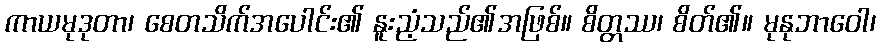
ကာယမုဒုတာ၊ စေတသိက်အပေါင်း၏ နူးညံ့သည်၏အဖြစ်။ စိတ္တဿ၊ စိတ်၏။ မုနုဘာဝေါ၊